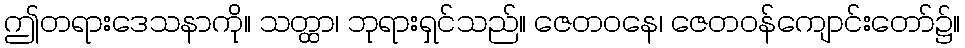
ဤတရားဒေသနာကို။ သတ္ထာ၊ ဘုရားရှင်သည်။ ဇေတဝနေ၊ ဇေတဝန်ကျောင်းတော်၌။